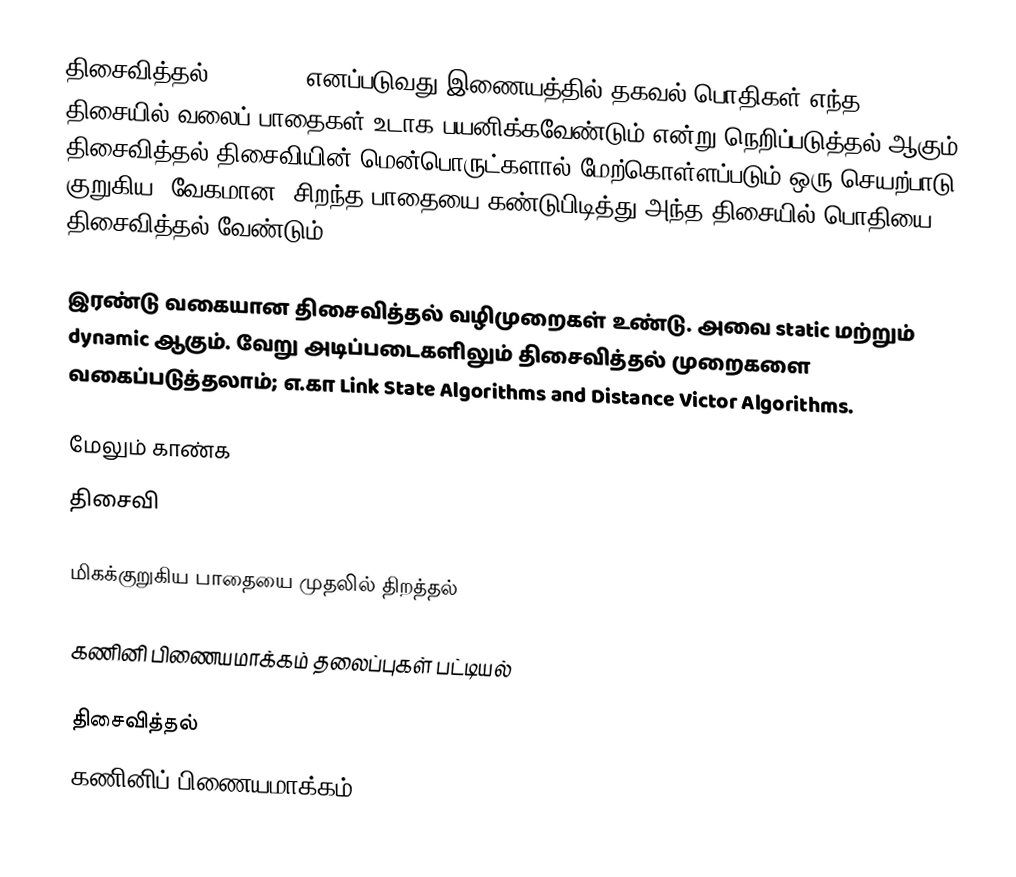
திசைவித்தல் (routing) எனப்படுவது இணையத்தில் தகவல் பொதிகள் எந்த திசையில் வலைப் பாதைகள் உடாக பயனிக்கவேண்டும் என்று நெறிப்படுத்தல் ஆகும். திசைவித்தல் திசைவியின் மென்பொருட்களால் மேற்கொள்ளப்படும் ஒரு செயற்பாடு. குறுகிய, வேகமான, சிறந்த பாதையை கண்டுபிடித்து அந்த திசையில் பொதியை திசைவித்தல் வேண்டும்.

இரண்டு வகையான திசைவித்தல் வழிமுறைகள் உண்டு. அவை static மற்றும் dynamic ஆகும். வேறு அடிப்படைகளிலும் திசைவித்தல் முறைகளை வகைப்படுத்தலாம்; எ.கா Link State Algorithms and Distance Victor Algorithms.

மேலும் காண்க
திசைவி

மிகக்குறுகிய பாதையை முதலில் திறத்தல்

கணினி பிணையமாக்கம் தலைப்புகள் பட்டியல்

திசைவித்தல்
கணினிப் பிணையமாக்கம்